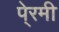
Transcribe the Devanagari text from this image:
पे्रमी